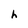
Character: h